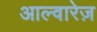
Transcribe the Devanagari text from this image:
आल्वारेज़